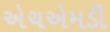
એચએમડી